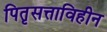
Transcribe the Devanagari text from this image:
पितृसत्ताविहीन